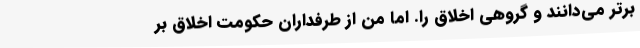
برتر می‌دانند و گروهی اخلاق را. اما من از طرفداران حکومت اخلاق بر